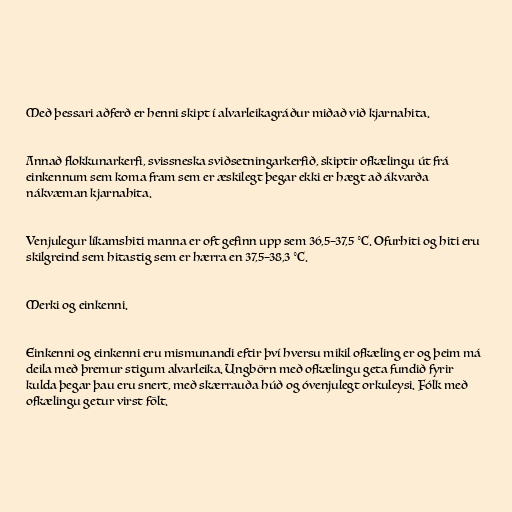
Með þessari aðferð er henni skipt í alvarleikagráður miðað við kjarnahita.

Annað flokkunarkerfi, svissneska sviðsetningarkerfið, skiptir ofkælingu út frá
einkennum sem koma fram sem er æskilegt þegar ekki er hægt að ákvarða
nákvæman kjarnahita.

Venjulegur líkamshiti manna er oft gefinn upp sem 36,5–37,5 °C. Ofurhiti og hiti eru
skilgreind sem hitastig sem er hærra en 37,5–38,3 °C.

Merki og einkenni.

Einkenni og einkenni eru mismunandi eftir því hversu mikil ofkæling er og þeim má
deila með þremur stigum alvarleika. Ungbörn með ofkælingu geta fundið fyrir
kulda þegar þau eru snert, með skærrauða húð og óvenjulegt orkuleysi. Fólk með
ofkælingu getur virst fölt.